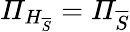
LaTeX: \mathit{\Pi}_{H_{\overline{{S}}}}=\mathit{\Pi}_{\overline{{S}}}